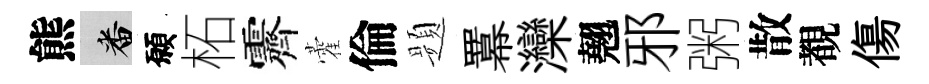
熊番願柘霽藿倫题羃灤翹邪粥散覩傷